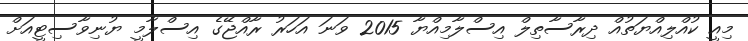
މިއީ ކުއްލިއްޔަތުއް ދިރާސާތިލް އިސްލާމިއްޔާ 2015 ވަނަ އަހަރު ރާއްޖޭގެ އިސްލާމީ ޔުނިވާސިޓީއަށް